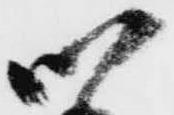
以